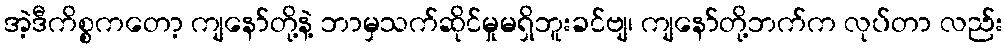
အဲ့ဒီကိစ္စကတော့ ကျနော်တို့နဲ့ ဘာမှသက်ဆိုင်မှုမရှိဘူးခင်ဗျ၊ ကျနော်တို့ဘက်က လုပ်တာ လည်း